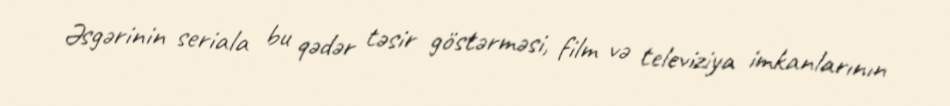
Əsgərinin seriala bu qədər təsir göstərməsi, film və televiziya imkanlarının